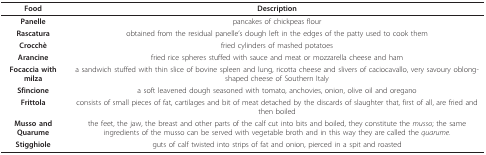
<table><thead><tr><td><b>Food</b></td><td><b>Description</b></td></tr></thead><tbody><tr><td><b>Panelle</b></td><td>pancakes of chickpeas flour</td></tr><tr><td><b>Rascatura</b></td><td>obtained from the residual panelle&#x27;s dough left in the edges of the patty used to cook them</td></tr><tr><td><b>Crocchè</b></td><td>fried cylinders of mashed potatoes</td></tr><tr><td><b>Arancine</b></td><td>fried rice spheres stuffed with sauce and meat or mozzarella cheese and ham</td></tr><tr><td><b>Focaccia with milza</b></td><td>a sandwich stuffed with thin slice of bovine spleen and lung, ricotta cheese and slivers of caciocavallo, very savoury oblong-shaped cheese of Southern Italy</td></tr><tr><td><b>Sfincione</b></td><td>a soft leavened dough seasoned with tomato, anchovies, onion, olive oil and oregano</td></tr><tr><td><b>Frittola</b></td><td>consists of small pieces of fat, cartilages and bit of meat detached by the discards of slaughter that, first of all, are fried and then boiled</td></tr><tr><td><b>Musso and Quarume</b></td><td>the feet, the jaw, the breast and other parts of the calf cut into bits and boiled, they constitute the <i>musso</i>; the same ingredients of the musso can be served with vegetable broth and in this way they are called the <i>quarume</i>.</td></tr><tr><td><b>Stigghiole</b></td><td>guts of calf twisted into strips of fat and onion, pierced in a spit and roasted</td></tr></tbody></table>